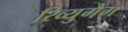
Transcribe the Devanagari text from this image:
रिव्युगैंग